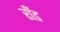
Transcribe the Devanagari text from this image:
राँड